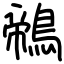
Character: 鶙